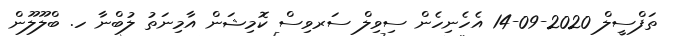
ތަފްސީލް 2020-09-14 އެހެނިހެން ސިވިލް ސަރވިސް ކޮމިޝަން އާމިނަތު ލުބްނާ ހ. ބްލޫލޫން